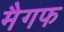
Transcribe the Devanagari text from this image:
मैगफ